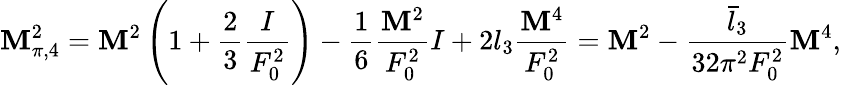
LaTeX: \mathbf{M}_{\pi,4}^{2}=\mathbf{M}^{2}\left(1+\frac{{2}}{{3}}\frac{{I}}{{F_{0}^{2}}}\right)-\frac{{1}}{{6}}\frac{{\mathbf{M}^{2}}}{{F_{0}^{2}}}I+2l_{3}\frac{{\mathbf{M}^{4}}}{{F_{0}^{2}}}=\mathbf{M}^{2}-\frac{{\bar{{l}}_{3}}}{{32\pi^{2}F_{0}^{2}}}\mathbf{M}^{4},